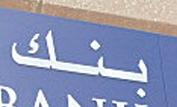
بنك